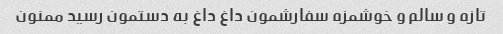
تازه و سالم و خوشمزه سفارشمون داغ داغ به دستمون رسید ممنون